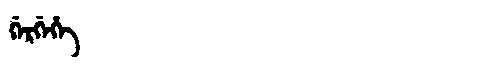
Manchu: ᡤᡝᡵᡤᡝᡥᡝ
Romanization: GERGEHE